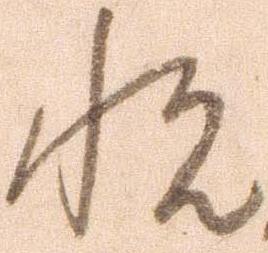
悦